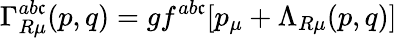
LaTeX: \Gamma_{R\mu}^{ab\mathfrak{c}}(p,q)=gf^{ab\mathfrak{c}}[p_{\mu}+\Lambda_{R\mu}(p,q)]